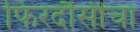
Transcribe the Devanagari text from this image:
फिरदौसीचा